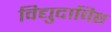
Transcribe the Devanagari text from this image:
विद्युदाविष्ट